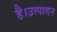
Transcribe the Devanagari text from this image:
है।उत्पादन